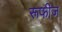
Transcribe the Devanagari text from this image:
रूफीज